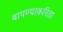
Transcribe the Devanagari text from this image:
वापण्‍याकरिता